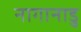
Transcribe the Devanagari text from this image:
नागानाडु